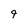
Character: 9